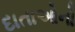
દાતાઓનો